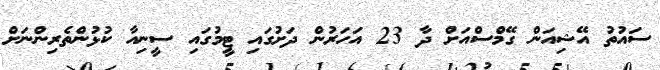
ސައުތު އޭޝިއަން ގޭމްސްއަށް ދާ 23 އަހަރުން ދަށުގައި ޓީމުގައި ސީނިއާ ކުޅުންތެރިންނަށް